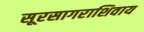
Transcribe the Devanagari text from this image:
सूरसागराशिवाय